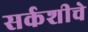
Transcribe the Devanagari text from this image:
सर्कशीचे